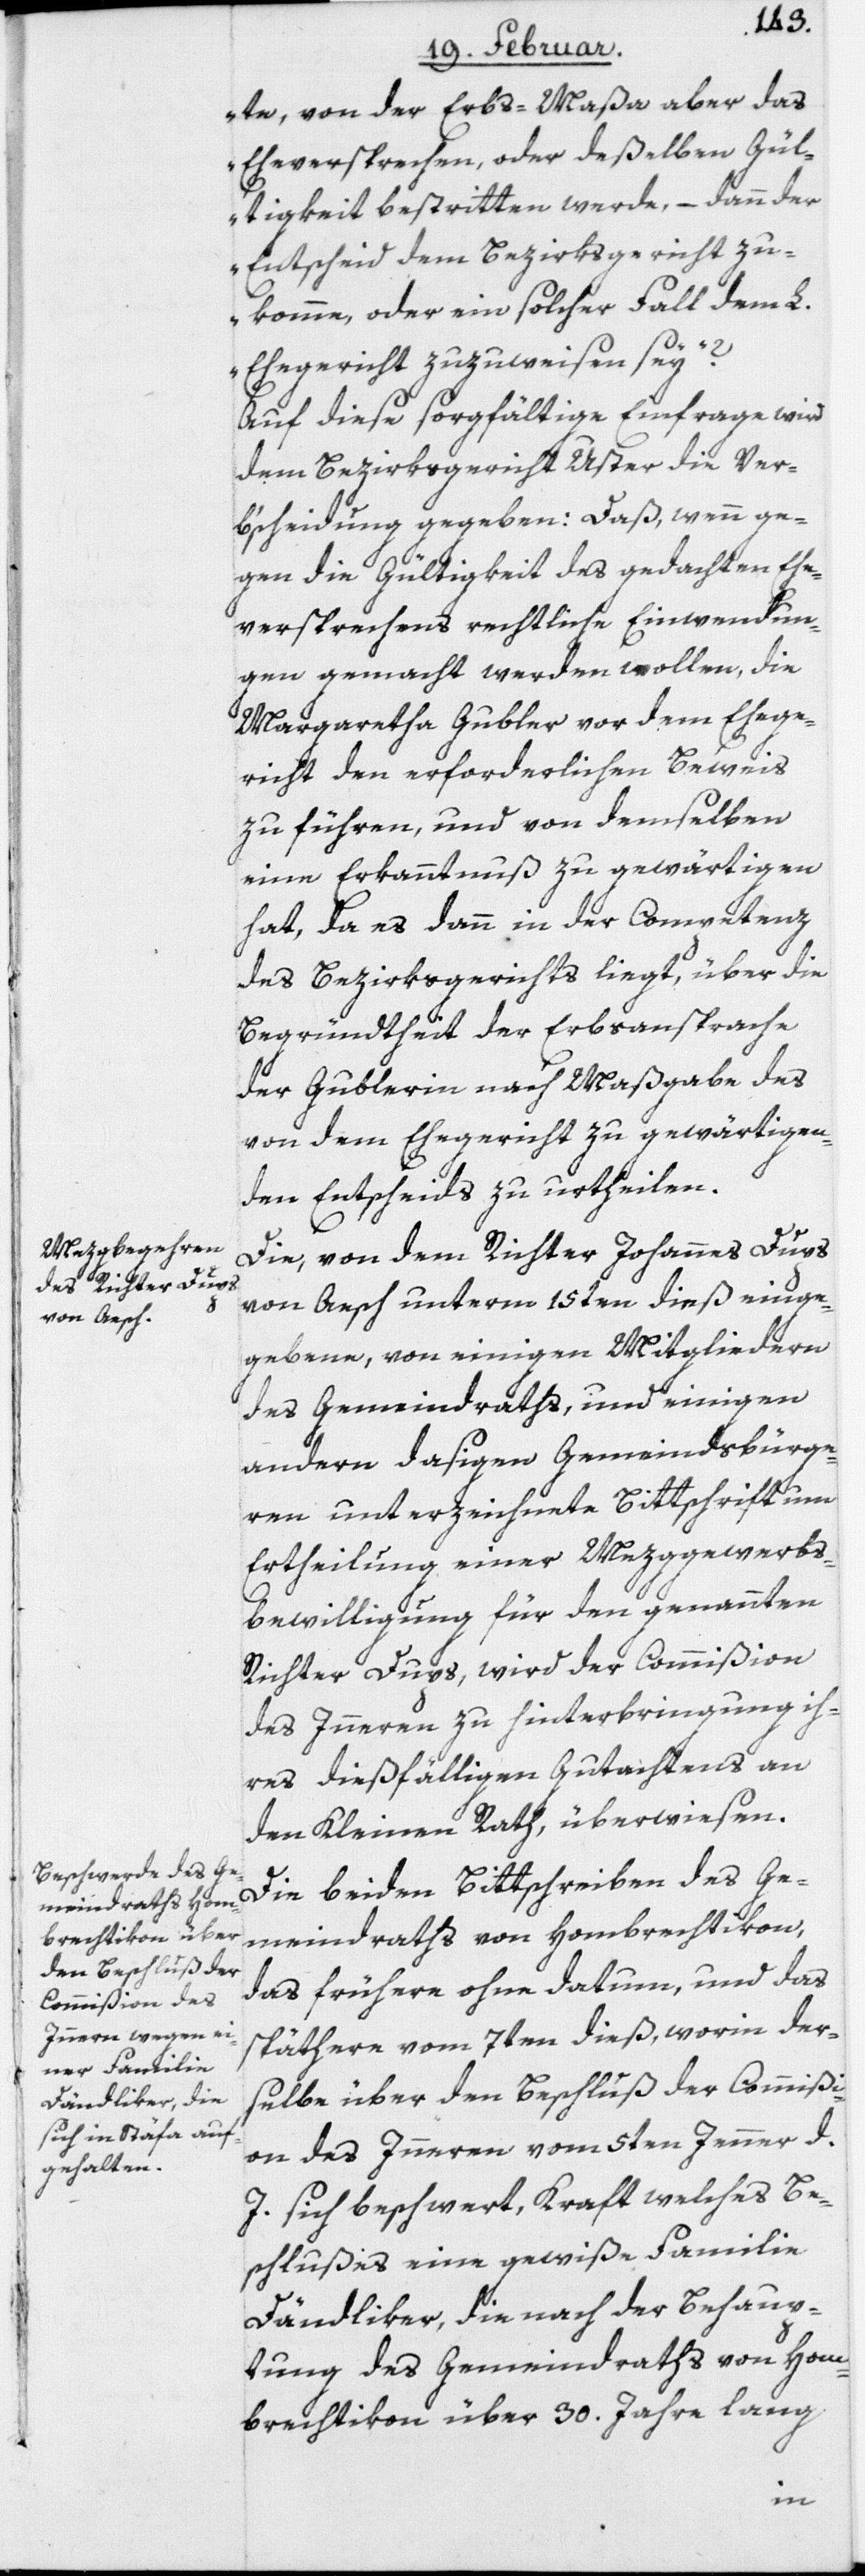
te, von der Erbs-Maßa aber das
Eheversprechen, oder deßelben Gül¬
tigkeit bestritten werde, – dann der
Entscheid dem Bezirksgericht zu¬
komme, oder ein solcher Fall dem L.
Ehegericht zuzuweisen sey“?
Auf diese sorgfältige Einfrage wird
dem Bezirksgericht Uster die Ver¬
b‘scheidung gegeben: Daß, wenn ge¬
gen die Gültigkeit des gedachten Ehe¬
versprechens rechtliche Einwendun¬
gen gemacht werden wollen, die
Margaretha Gubler vor dem Ehege¬
richt den erforderlichen Beweis
zu führen, und von demselben
eine Erkanntnuß zu gewärtigen
hat, da es dann in der Competenz
des Bezirksgerichts liegt, über die
Begründtheit der Erbsansprache
der Gublerin nach Maßgabe des
von dem Ehegericht zu gewärtigen¬
den Entscheids zu urtheilen.
Die von dem Richter Johannes Dups
von Aesch unterm 15ten dieß einge¬
gebene, von einigen Mitgliedern
des Gemeindraths und einigen
andern dasigen Gemeindsbürge¬
ren unterzeichnete Bittschrift um
Ertheilung einer Mezggewerbs¬
bewilligung für den genannten
Richter Dups, wird der Commißion
des Inneren zu hinterbringung
ihres dießfälligen Gutachtens an
den Kleinen Rath überwiesen.
Die beiden Bittschreiben des Ge¬
meindraths von Hombrechtikon,
das frühere ohne Datum, und das
spätere vom 7ten dieß, worin der¬
selbe über den Beschluß der Commißi¬
on des Inneren vom 5ten Jenner d.
J. sich beschwert, Kraft welches Be¬
schlußes eine gewiße Familie
Dändliker, die nach der Behaup¬
tung des Gemeindraths von Hom¬
brechtikon über 30. Jahre lang